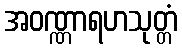
အဝဏ္ဏာရဟသုတ္တံ